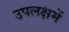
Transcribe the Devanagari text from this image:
उपलक्षमें